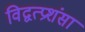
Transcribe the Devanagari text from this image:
विद्वत्प्रशंसा